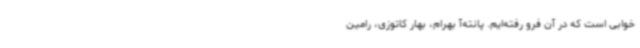
خوابی است که در آن فرو رفته‌ایم. پانته‌آ بهرام، بهار کاتوزی، رامین